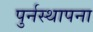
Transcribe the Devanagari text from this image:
पुर्नस्‍थापना